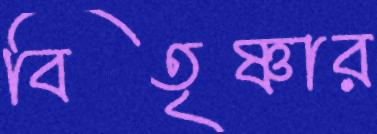
বিতৃষ্ণার